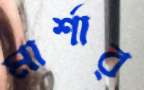
মার্শার